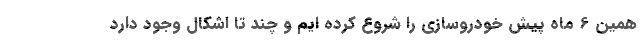
همین 6 ماه پیش خودروسازی را شروع کرده ایم و چند تا اشکال وجود دارد